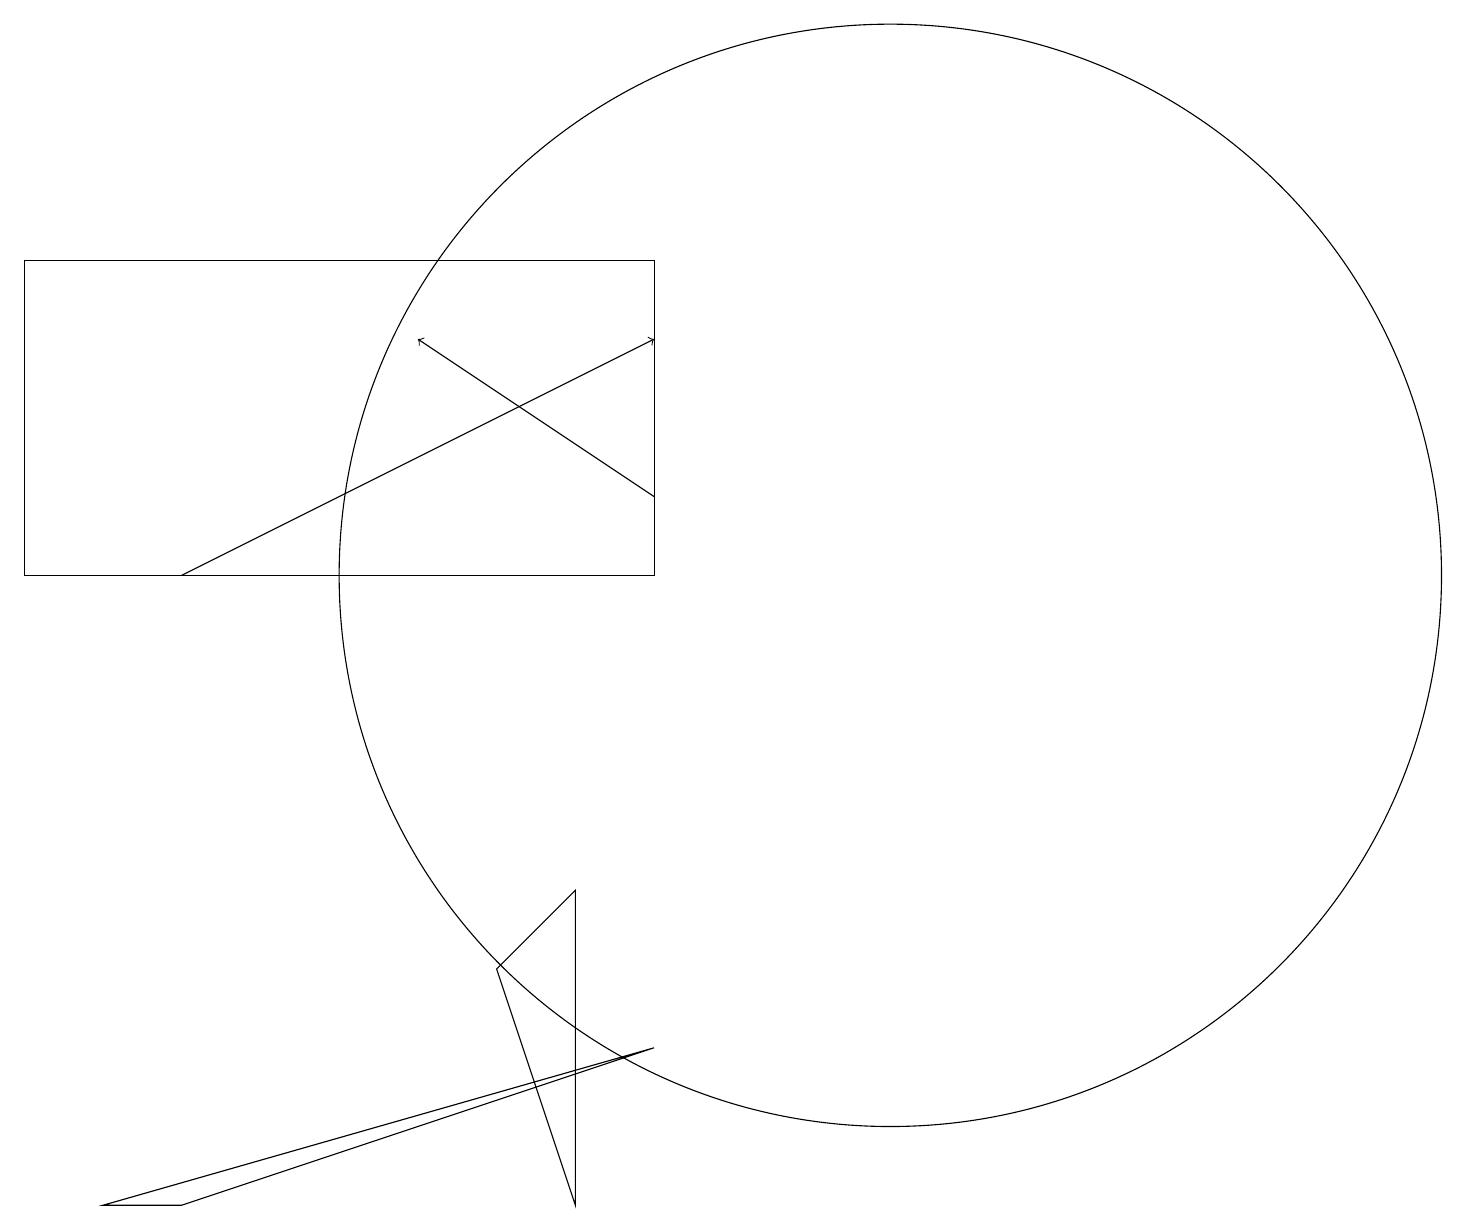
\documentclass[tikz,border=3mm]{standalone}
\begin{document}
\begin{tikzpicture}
\draw (12,12) circle (7);
\draw[->] (9,13) -- (6,15);
\draw (9,6) -- (2,4) -- (3,4) -- cycle;
\draw (8,8) -- (7,7) -- (8,4) -- cycle;
\draw[->] (3,12) -- (9,15);
\draw (9,16) rectangle (1,12);
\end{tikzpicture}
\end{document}